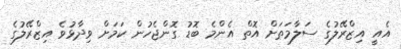
އެއީ އިޒްރޭލުގެ ސަލާމަތަށް އޮތް އެންމެ ބޮޑު ގޮންޖެހުން ކަމަށް ވިދާޅުވެ އިޒްރޭލުގެ